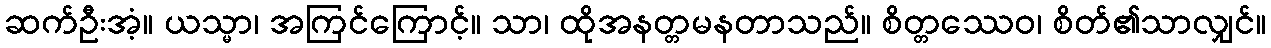
ဆက်ဦးအံ့။ ယသ္မာ၊ အကြင်ကြောင့်။ သာ၊ ထိုအနတ္တမနတာသည်။ စိတ္တဿေဝ၊ စိတ်၏သာလျှင်။